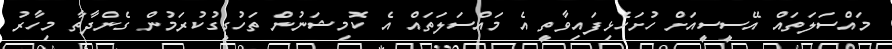
މައްސަލަތައް އޭސީސީއަށް ހުށަހެޅިފައިވާތީ އެ މައްސަލަތައް އެ ކޮމިޝަނުން ތަހުގީގުކުރަމުން ގެންދާތާ މިހާރު